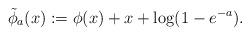
LaTeX: \begin{align*} \tilde{\phi}_a(x) := \phi(x) + x + \log(1 - e^{-a}). \end{align*}